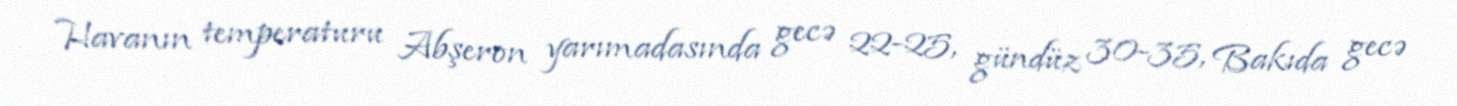
Havanın temperaturu Abşeron yarımadasında gecə 22-25, gündüz 30-35, Bakıda gecə